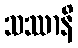
သဿာနိ